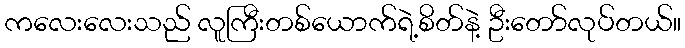
ကလေးလေးသည် လူကြီးတစ်ယောက်ရဲ့စိတ်နဲ့ ဦးတော်လုပ်တယ်။